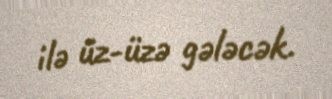
ilə üz-üzə gələcək.